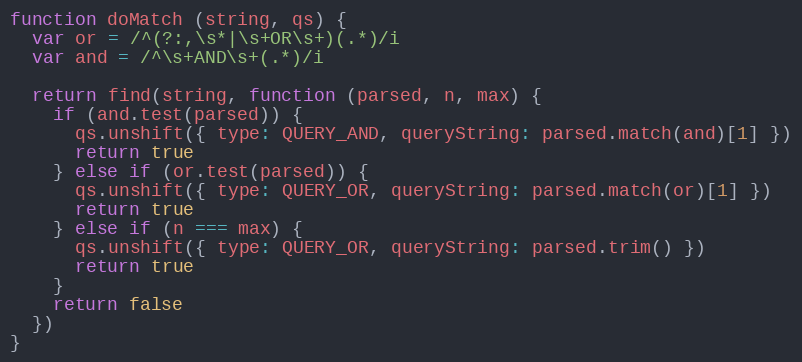
Language: JavaScript
function doMatch (string, qs) {
  var or = /^(?:,\s*|\s+OR\s+)(.*)/i
  var and = /^\s+AND\s+(.*)/i

  return find(string, function (parsed, n, max) {
    if (and.test(parsed)) {
      qs.unshift({ type: QUERY_AND, queryString: parsed.match(and)[1] })
      return true
    } else if (or.test(parsed)) {
      qs.unshift({ type: QUERY_OR, queryString: parsed.match(or)[1] })
      return true
    } else if (n === max) {
      qs.unshift({ type: QUERY_OR, queryString: parsed.trim() })
      return true
    }
    return false
  })
}